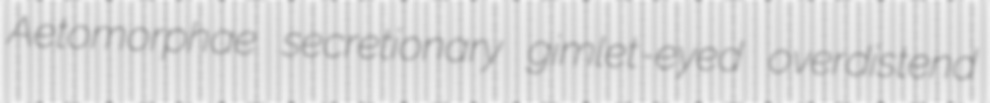
Aetomorphae secretionary gimlet-eyed overdistend